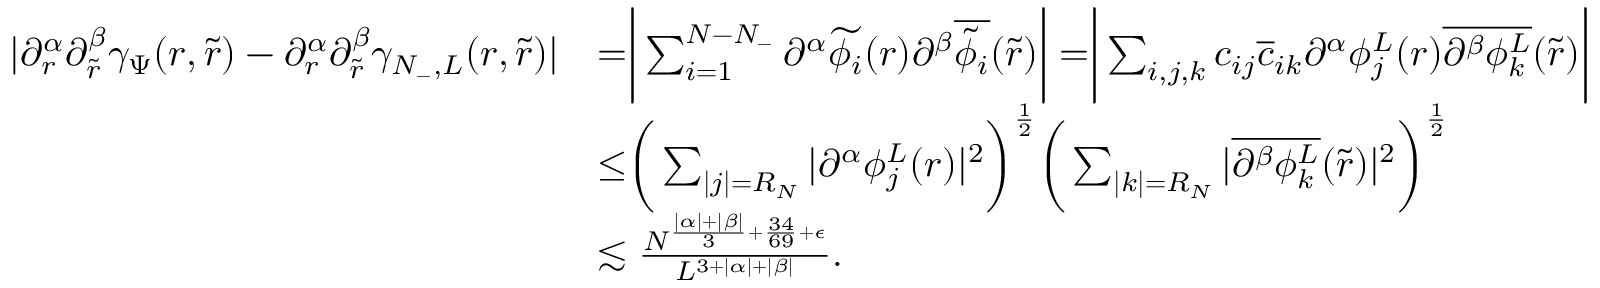
\begin{array} { r l } { | \partial _ { r } ^ { \alpha } \partial _ { \tilde { r } } ^ { \beta } \gamma _ { \Psi } ( r , \tilde { r } ) - \partial _ { r } ^ { \alpha } \partial _ { \tilde { r } } ^ { \beta } \gamma _ { N _ { - } , L } ( r , \tilde { r } ) | } & { = \biggr | \sum _ { i = 1 } ^ { N - N _ { - } } \partial ^ { \alpha } \widetilde { \phi _ { i } } ( r ) \partial ^ { \beta } \overline { { \widetilde { \phi } _ { i } } } ( \tilde { r } ) \biggr | = \biggr | \sum _ { i , j , k } c _ { i j } \overline { { c } } _ { i k } \partial ^ { \alpha } \phi _ { j } ^ { L } ( r ) \overline { { \partial ^ { \beta } \phi _ { k } ^ { L } } } ( \tilde { r } ) \biggr | } \\ & { \leq \biggr ( \sum _ { | j | = R _ { N } } | \partial ^ { \alpha } \phi _ { j } ^ { L } ( r ) | ^ { 2 } \bigg ) ^ { \frac 1 2 } \biggr ( \sum _ { | k | = R _ { N } } | \overline { { \partial ^ { \beta } \phi _ { k } ^ { L } } } ( \tilde { r } ) | ^ { 2 } \biggr ) ^ { \frac 1 2 } } \\ & { \lesssim \frac { N ^ { \frac { | \alpha | + | \beta | } { 3 } + \frac { 3 4 } { 6 9 } + \epsilon } } { L ^ { 3 + | \alpha | + | \beta | } } . } \end{array}